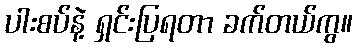
ပါးစပ်နဲ့ ရှင်းပြရတာ ခက်တယ်ကွ။